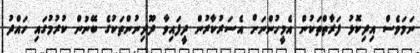
ނަމަވެސް އިދިކޮޅު ފަރާތްތަކުން އެމީހުންނަށް އެސަރުކާރުން ދީފައިވާ ދޫދިނުންތަކުގެ ބޭނުން ކުރުމުގައި ހައްދު